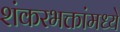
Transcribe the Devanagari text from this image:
शंकरभक्तांमध्ये